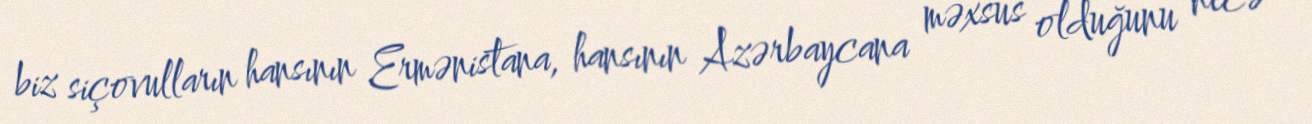
biz siçovulların hansının Ermənistana, hansının Azərbaycana məxsus olduğunu necə